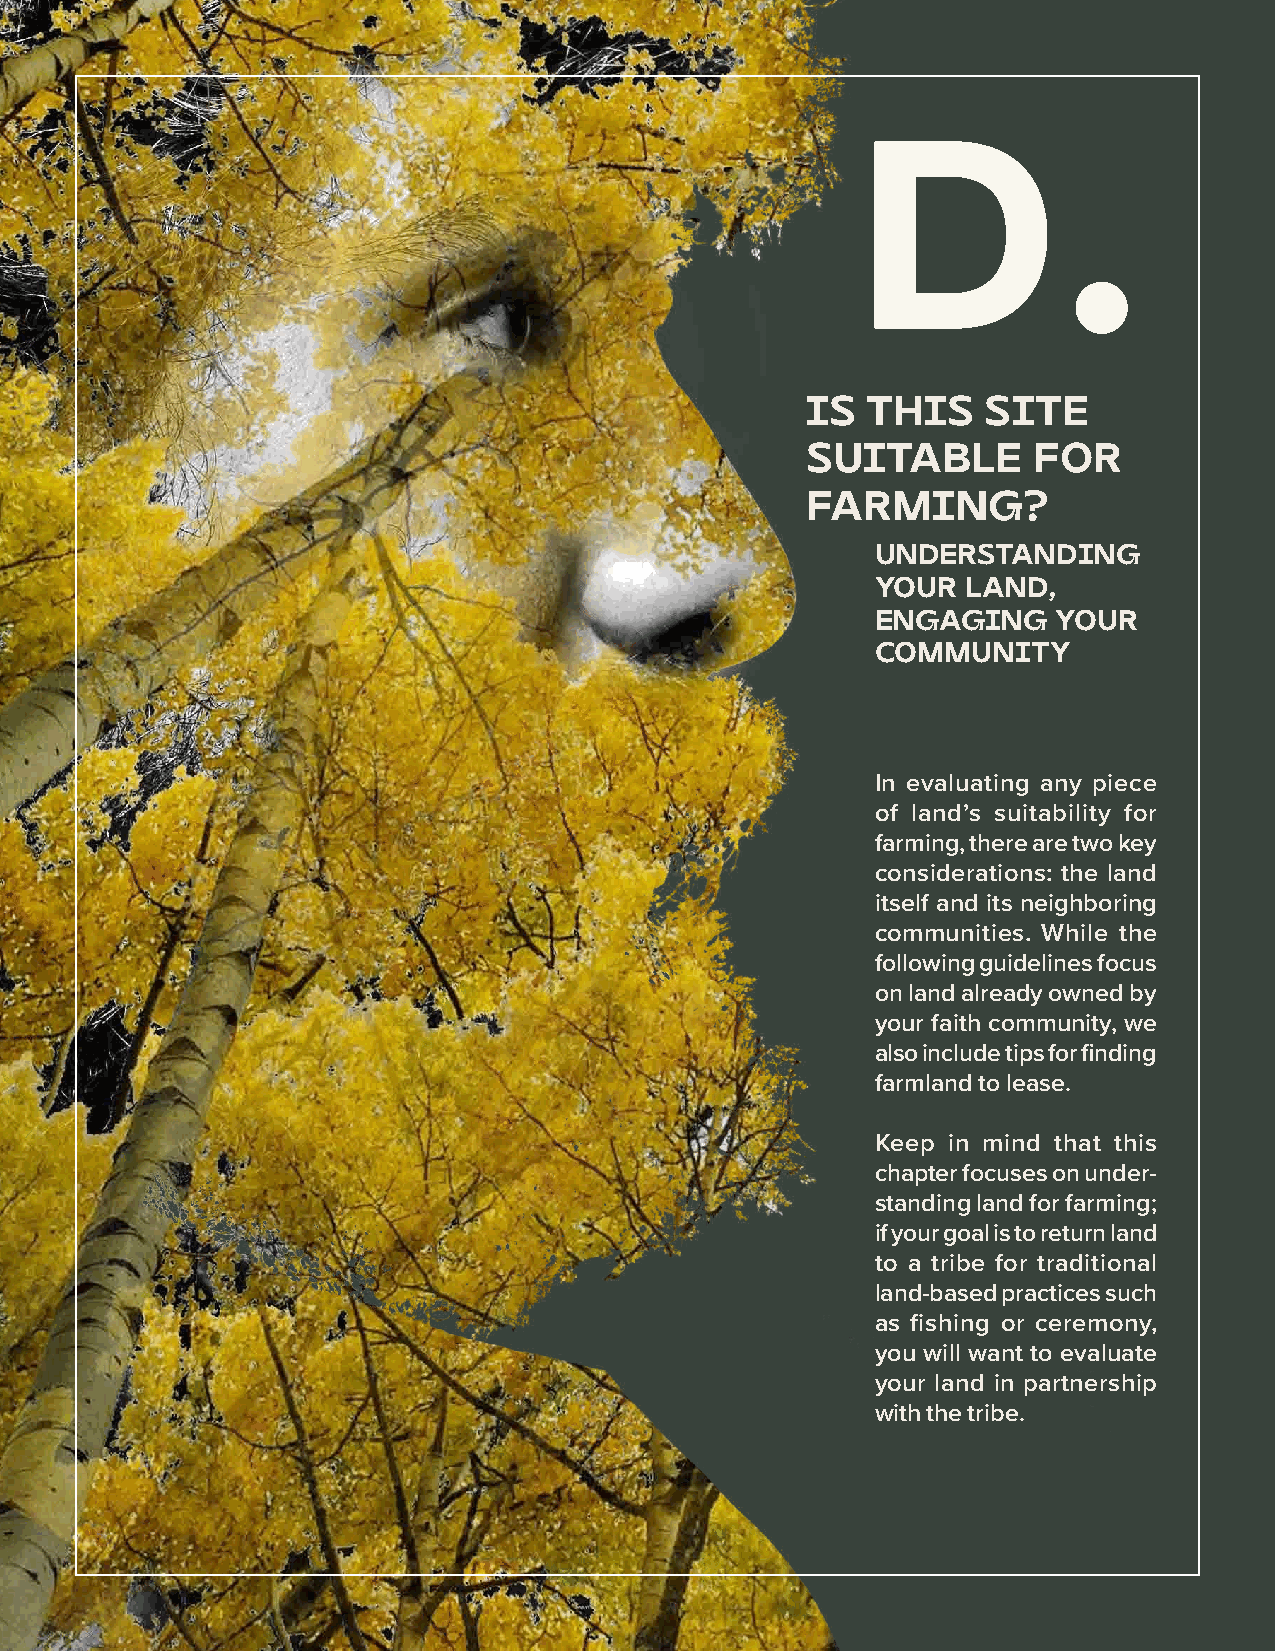
D.
 IS  THIS    SITE
 SUITABLE       FOR
 FARMING?
 UNDERSTANDING
 YOUR  LAND,
 ENGAGING    YOUR
 COMMUNITY
 In evaluating any piece
 of land’s suitability for
 farming, there are two key
 considerations: the land
 itself and its neighboring
 communities. While the
 following guidelines focus
 on land already owned by
 your faith community, we
 also include tips for finding
 farmland to lease.
 Keep in mind that this
 chapter focuses on under-
 standing land for farming;
 if your goal is to return land
 to a tribe for traditional
 land-based practices such
 as fishing or ceremony,
 you will want to evaluate
 your land in partnership
 with the tribe.